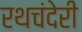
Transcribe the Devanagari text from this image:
रथचंदेरी